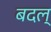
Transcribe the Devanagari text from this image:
बदल्